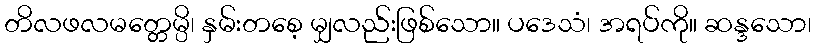
တိလဖလမတ္တေမ္ပိ၊ နှမ်းတစေ့ မျှလည်းဖြစ်သော။ ပဒေသံ၊ အရပ်ကို။ ဆန္ဒသော၊